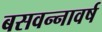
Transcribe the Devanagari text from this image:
बसवन्नावर्ष